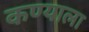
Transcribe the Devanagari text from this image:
कण्याला